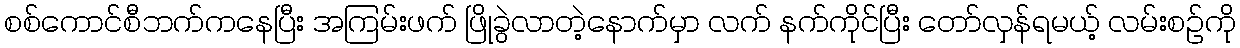
စစ်ကောင်စီဘက်ကနေပြီး အကြမ်းဖက် ဖြိုခွဲလာတဲ့နောက်မှာ လက် နက်ကိုင်ပြီး တော်လှန်ရမယ့် လမ်းစဥ်ကို